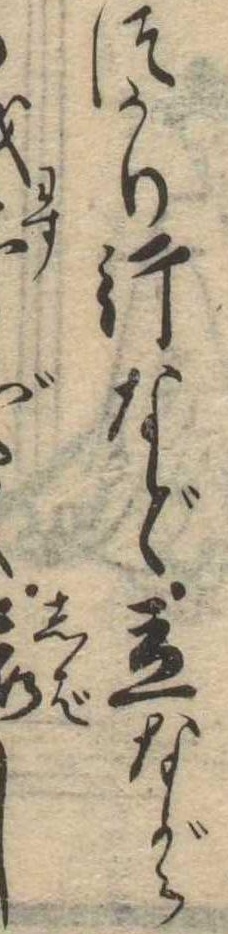
づかり行など立ながらし